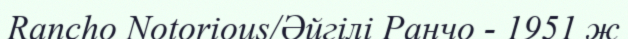
Rancho Notorious/Әйгілі Ранчо - 1951 ж